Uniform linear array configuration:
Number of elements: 64
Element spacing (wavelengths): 0.5
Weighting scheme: hann
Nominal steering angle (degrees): -15
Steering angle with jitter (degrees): -13.891
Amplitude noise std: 0.05
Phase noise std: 0.05

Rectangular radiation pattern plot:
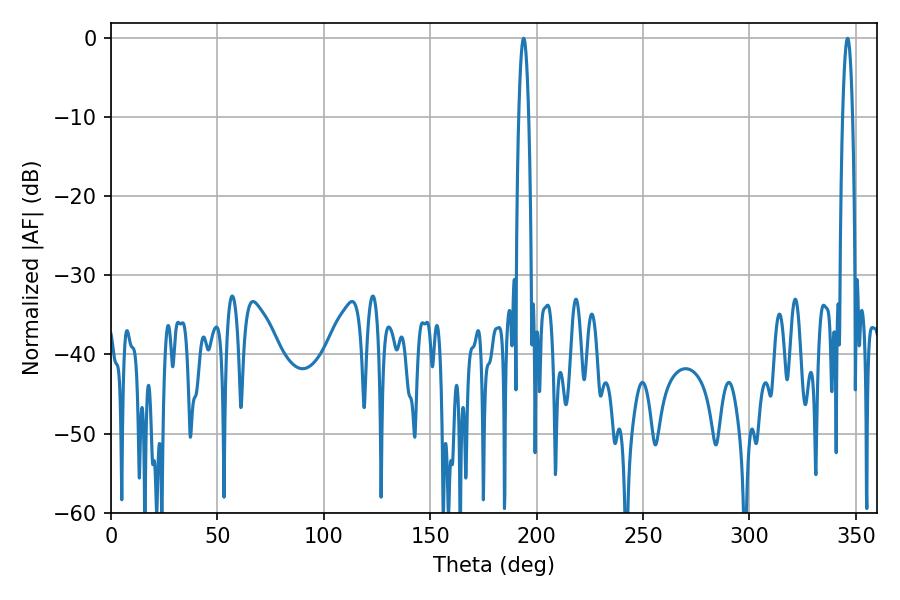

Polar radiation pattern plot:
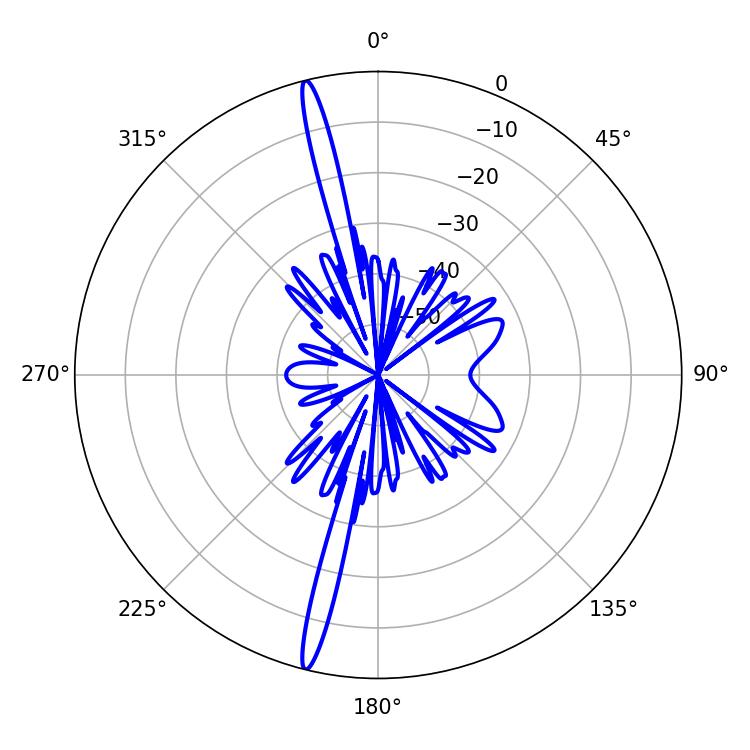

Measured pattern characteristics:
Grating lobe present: FALSE
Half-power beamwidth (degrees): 2.52
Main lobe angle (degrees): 346.14